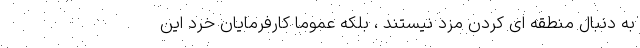
به دنبال منطقه ای کردن مزد نیستند ، بلکه عموما کارفرمایان خرد این